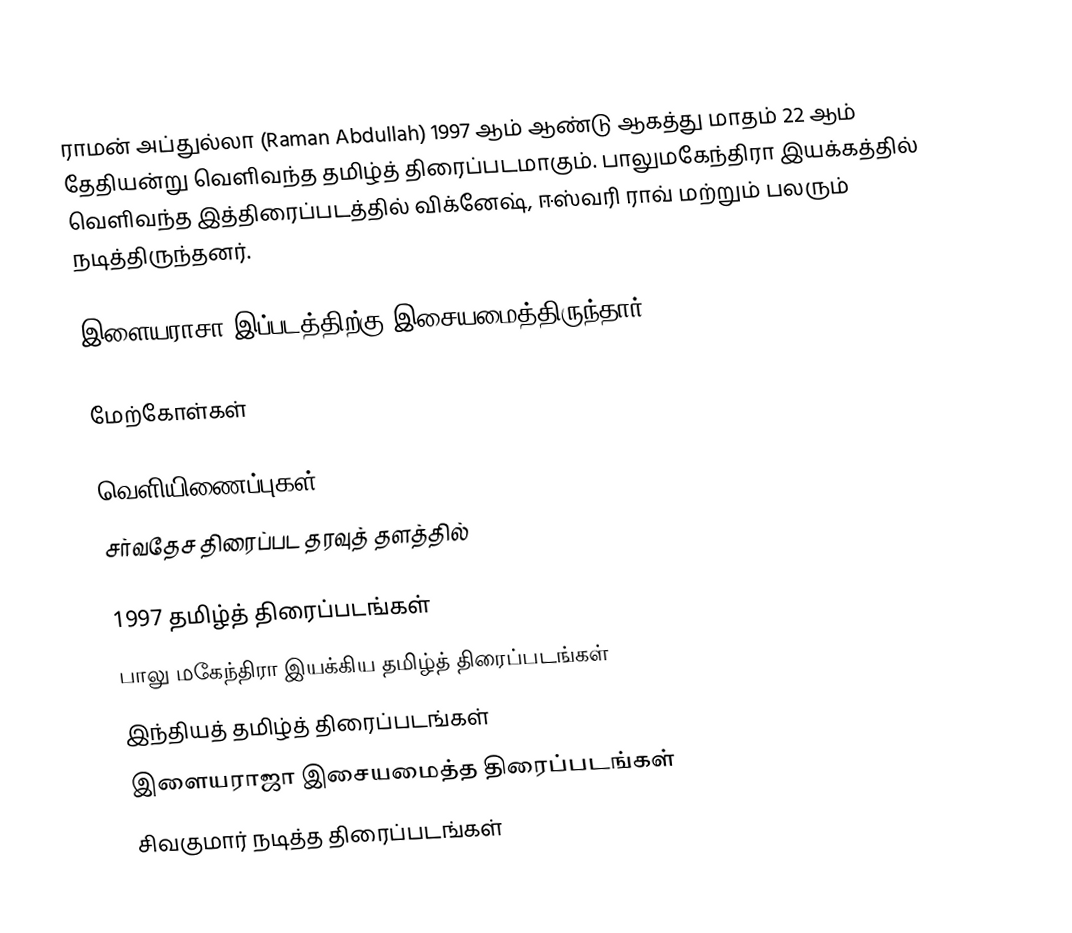
ராமன் அப்துல்லா (Raman Abdullah) 1997 ஆம் ஆண்டு ஆகத்து மாதம் 22 ஆம் தேதியன்று வெளிவந்த தமிழ்த் திரைப்படமாகும். பாலுமகேந்திரா இயக்கத்தில் வெளிவந்த இத்திரைப்படத்தில் விக்னேஷ், ஈஸ்வரி ராவ் மற்றும் பலரும் நடித்திருந்தனர்.

இளையராசா இப்படத்திற்கு இசையமைத்திருந்தார்.

மேற்கோள்கள்

வெளியிணைப்புகள்
சர்வதேச திரைப்பட தரவுத் தளத்தில்

1997 தமிழ்த் திரைப்படங்கள்
பாலு மகேந்திரா இயக்கிய தமிழ்த் திரைப்படங்கள்
இந்தியத் தமிழ்த் திரைப்படங்கள்
இளையராஜா இசையமைத்த திரைப்படங்கள்
சிவகுமார் நடித்த திரைப்படங்கள்